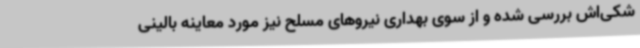
شکی‌اش بررسی شده و از سوی بهداری نیروهای مسلح نیز مورد معاینه بالینی